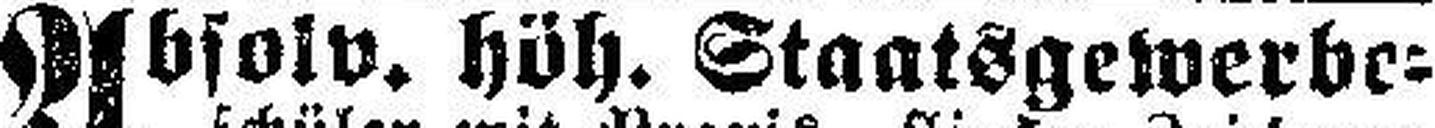
Absolv. höh. Staatsgewerbe¬